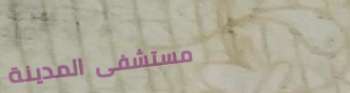
مستشفى المدينة